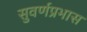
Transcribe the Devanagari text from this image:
सुवर्णप्रभास